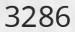
3286